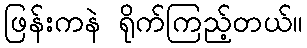
ဖြန်းကနဲ ရိုက်ကြည့်တယ်။